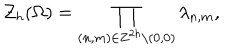
{ \cal Z } _ { h } ( \Omega ) = \prod _ { ( n , m ) \in { \bf Z } ^ { 2 h } \backslash { ( 0 , 0 ) } } \lambda _ { n , m } ,